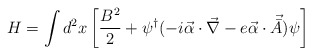
\begin{align*}H=\int d^2 x \left[\frac {B^2} {2} + \psi^{\dag} (-i {\vec {\alpha}}\cdot \vec {\nabla}- e {\vec {\alpha}} \cdot {\vec {{\bar A}}})\psi \right]\end{align*}